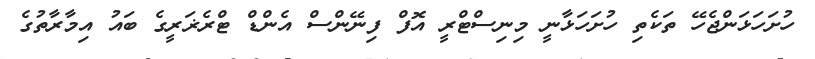
ހުށަހަޅަންޖެހޭ ތަކެތި ހުށަހަޅާނީ މިނިސްޓްރީ އޮފް ފިނޭންސް އެންޑް ޓްރެޜަރީގެ ބައު އިމާރާތުގެ